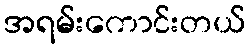
အရမ်းကောင်းတယ်